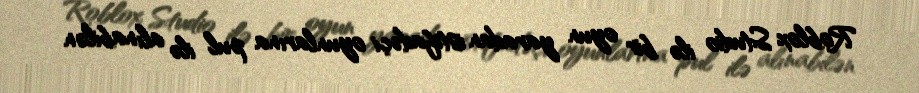
Roblox Studio ilə bir oyun yaradan istifadəçi oyunlarına pul ilə alınabilən